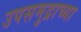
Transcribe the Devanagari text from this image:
उपसमुद्राच्या